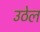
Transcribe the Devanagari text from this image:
उठेल